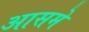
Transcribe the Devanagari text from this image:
आसमे